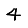
Digit: 4